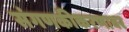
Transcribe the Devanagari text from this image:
संगणकीकरणावर